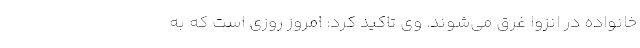
خانواده در انزوا غرق می‌‌شوند. وی تاکید کرد: امروز روزی است که به